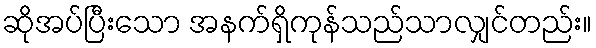
ဆိုအပ်ပြီးသော အနက်ရှိကုန်သည်သာလျှင်တည်း။